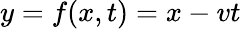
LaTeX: y=f(x,t)=x-vt